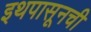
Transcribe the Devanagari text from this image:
इथपासूनची